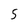
Character: 5